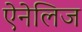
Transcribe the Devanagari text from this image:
ऐनेलिज